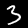
Label: 3